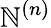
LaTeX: \mathbb{N}^{(n)}